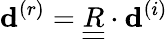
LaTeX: {{\mathbf d}^{(r)}}=\underline{{\underline{{R}}}}\cdot{{\mathbf d}^{(i)}}